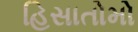
હિસાતોમો